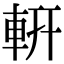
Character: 𨊻